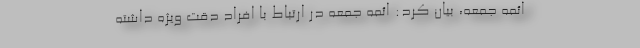
ائمه جمعه، بیان کرد: ائمه جمعه در ارتباط با افراد دقت ویژه داشته